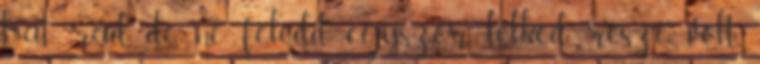
hat rád, de ne feledd, egyszer lelked része volt,